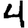
Digit: 4